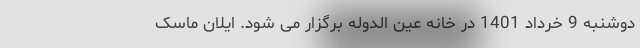
دوشنبه 9 خرداد 1401 در خانه عین الدوله برگزار می شود. ایلان ماسک